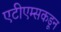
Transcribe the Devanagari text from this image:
एटीएम्सकडून